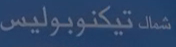
شمال تيكنوبوليس